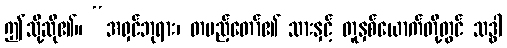
ဤသို့ဆို၏။ “အရှင်ဘုရား၊ တပည့်တော်၏ သားနှင့် တူနှစ်ယောက်တို့တွင် သဒ္ဓါ